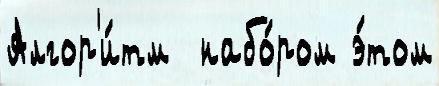
Алгор'и́тм  набо́ром э́том